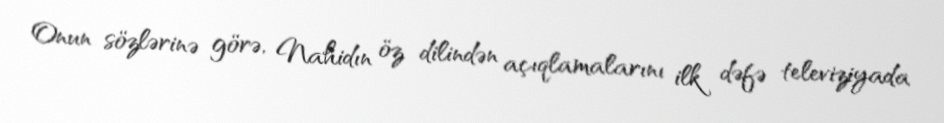
Onun sözlərinə görə, Nahidın öz dilindən açıqlamalarını ilk dəfə televiziyada